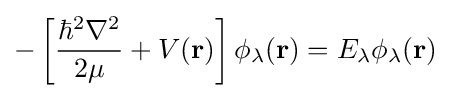
-\left[{\frac {\hbar ^{2}\nabla ^{2}}{2\mu }}+V(\mathbf {r} )\right]\phi _{\lambda }(\mathbf {r} )=E_{\lambda }\phi _{\lambda }(\mathbf {r} )